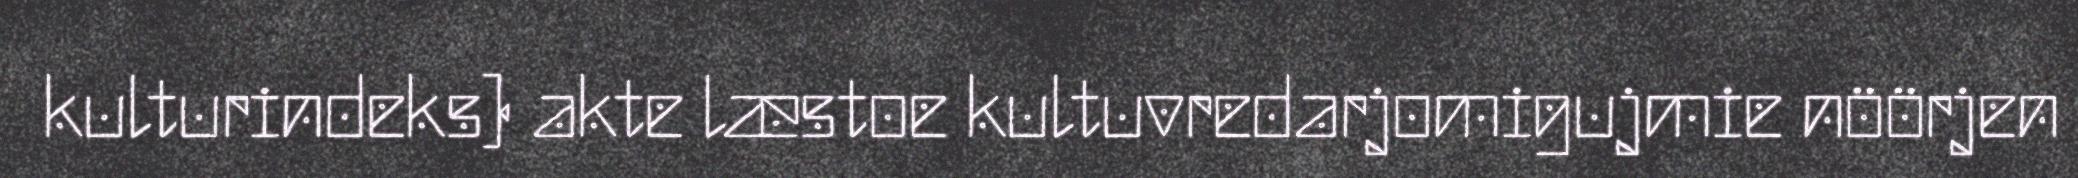
kulturindeks) akte læstoe kultuvredarjomigujmie nöörjen